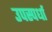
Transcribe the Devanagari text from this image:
उपस्पर्धा